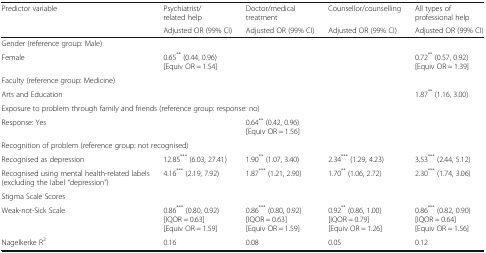
<table><thead><tr><td rowspan="2"><b>Predictor variable</b></td><td><b>Psychiatrist/related help</b></td><td><b>Doctor/medical treatment</b></td><td><b>Counsellor/counselling</b></td><td><b>All types of professional help</b></td></tr><tr><td><b>Adjusted OR (99% CI)</b></td><td><b>Adjusted OR (99% CI)</b></td><td><b>Adjusted OR (99% CI)</b></td><td><b>Adjusted OR (99% CI)</b></td></tr></thead><tbody><tr><td colspan="5">Gender (reference group: Male)</td></tr><tr><td>Female</td><td>0.65<sup>**</sup> (0.44, 0.96)[Equiv OR = 1.54]</td><td></td><td></td><td>0.72<sup>**</sup> (0.57, 0.92)[Equiv OR = 1.39]</td></tr><tr><td colspan="5">Faculty (reference group: Medicine)</td></tr><tr><td>Arts and Education</td><td></td><td></td><td></td><td>1.87<sup>**</sup> (1.16, 3.00)</td></tr><tr><td colspan="5">Exposure to problem through family and friends (reference group: response: no)</td></tr><tr><td>Response: Yes</td><td></td><td>0.64<sup>**</sup> (0.42, 0.96)[Equiv OR = 1.56]</td><td></td><td></td></tr><tr><td colspan="5">Recognition of problem (reference group: not recognised)</td></tr><tr><td>Recognised as depression</td><td>12.85<sup>***</sup> (6.03, 27.41)</td><td>1.90<sup>**</sup> (1.07, 3.40)</td><td>2.34<sup>***</sup> (1.29, 4.23)</td><td>3.53<sup>***</sup> (2.44, 5.12)</td></tr><tr><td>Recognised using mental health-related labels (excluding the label “depression”)</td><td>4.16<sup>***</sup> (2.19, 7.92)</td><td>1.87<sup>***</sup> (1.21, 2.90)</td><td>1.70<sup>**</sup> (1.06, 2.72)</td><td>2.30<sup>***</sup> (1.74, 3.06)</td></tr><tr><td colspan="5">Stigma Scale Scores</td></tr><tr><td>Weak-not-Sick Scale</td><td>0.86<sup>***</sup> (0.80, 0.92)[IQOR = 0.63][Equiv OR = 1.59]</td><td>0.86<sup>***</sup> (0.80, 0.92)[IQOR = 0.63][Equiv OR = 1.59]</td><td>0.92<sup>**</sup> (0.86, 1.00)[IQOR = 0.79][Equiv OR = 1.26]</td><td>0.86<sup>***</sup> (0.82, 0.90)[IQOR = 0.64][Equiv OR = 1.56]</td></tr><tr><td>Nagelkerke R<sup>2</sup></td><td>0.16</td><td>0.08</td><td>0.05</td><td>0.12</td></tr></tbody></table>